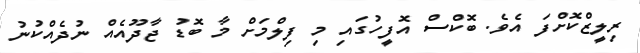
ރިލީޒްކޮށްފަ އެވެ. ބޮކްސް އޮފީހުގައި މި ފިލްމަށް މާ ބޮޑު ޖާދޫއެއް ނުދެއްކުނު